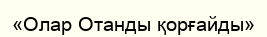
«Олар Отанды қорғайды»